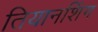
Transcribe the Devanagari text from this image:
तियानशिंग